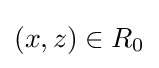
(x,z)\in R_{0}